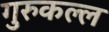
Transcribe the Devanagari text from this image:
गुरुकल्ल